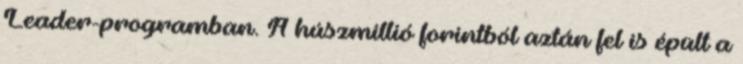
Leader-programban. A húszmillió forintból aztán fel is épült a